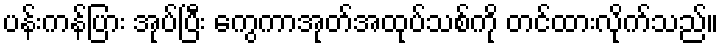
ပန်းကန်ပြား အုပ်ပြီး ကွေကာအုတ်အထုပ်သစ်ကို တင်ထားလိုက်သည်။